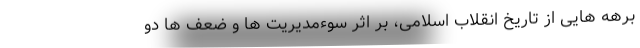
برهه هایی از تاریخ انقلاب اسلامی، بر اثر سوءمدیریت ها و ضعف ها دو